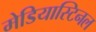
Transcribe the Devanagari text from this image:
मेडियास्टिनल